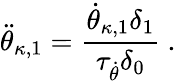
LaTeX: \ddot{\theta}_{\kappa,1}=\frac{\dot{\theta}_{\kappa,1}\delta_{1}}{\tau_{\dot{\theta}}\delta_{0}}\ .